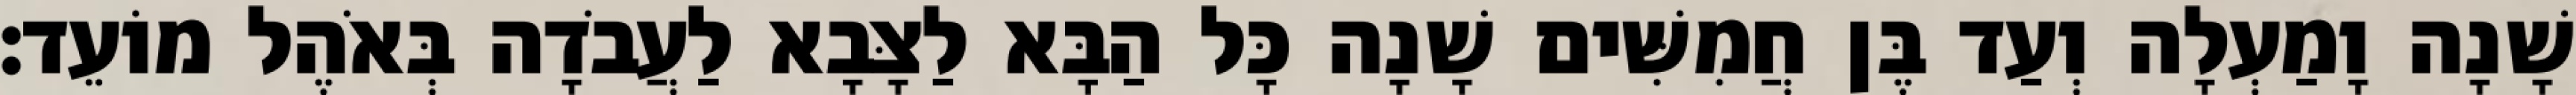
שָׁנָה וָמַעְלָה וְעַד בֶּן חֲמִשִּׁים שָׁנָה כָּל הַבָּא לַצָּבָא לַעֲבֹדָה בְּאֹהֶל מוֹעֵד׃